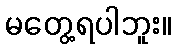
မတွေ့ရပါဘူး။